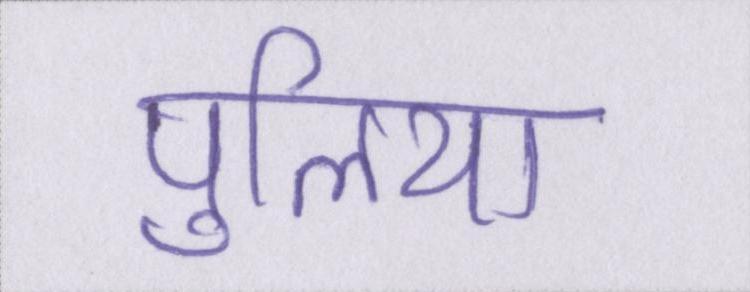
पुलिया